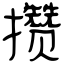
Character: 攒